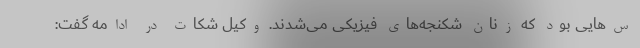
س‌هایی بود که زنان شکنجه‌های فیزیکی می‌شدند. وکیل شکات در ادامه گفت: